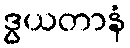
ဒွယတာနံ